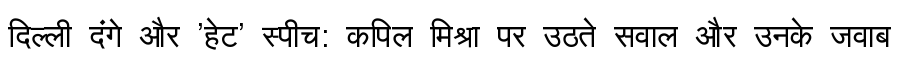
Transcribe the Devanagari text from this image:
दिल्ली दंगे और 'हेट' स्पीच: कपिल मिश्रा पर उठते सवाल और उनके जवाब